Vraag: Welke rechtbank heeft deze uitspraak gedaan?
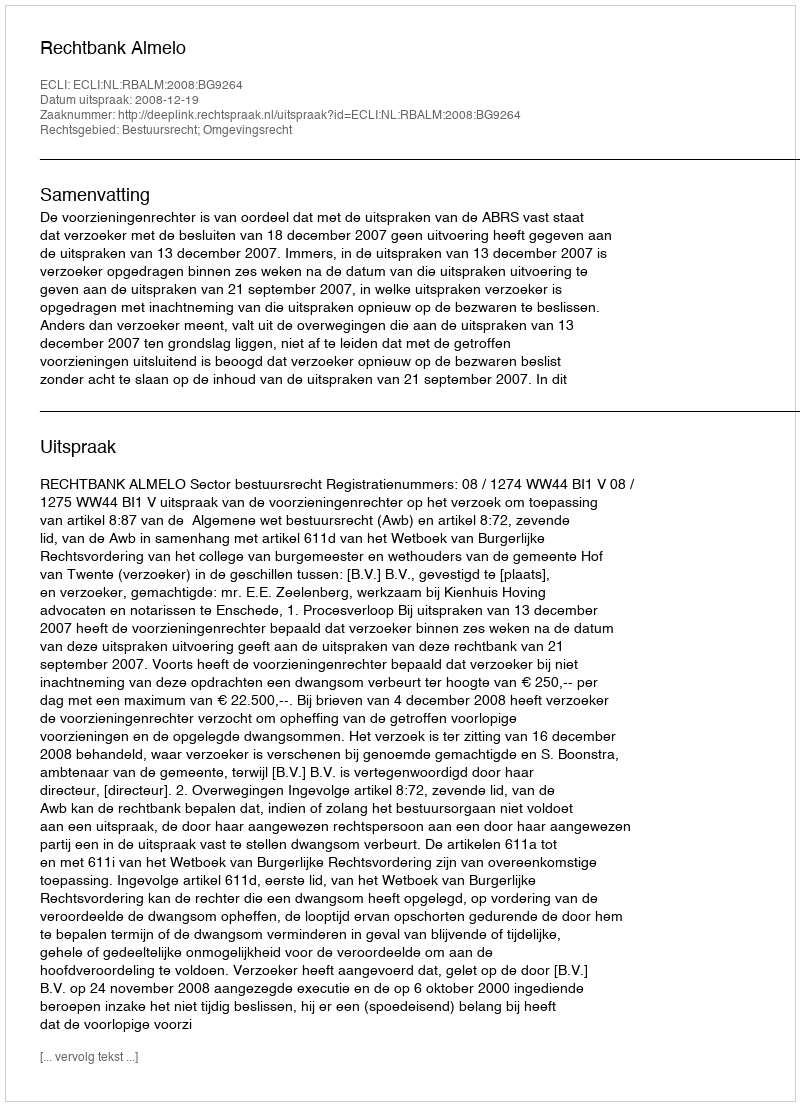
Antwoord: Rechtbank Almelo